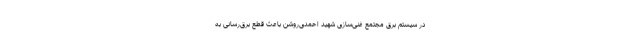
در سیستم برق مجتمع غنی‌سازی شهید احمدی‌روشن باعث قطع برق‌رسانی به